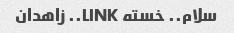
سلام.. خسته LINK.. زاهدان